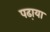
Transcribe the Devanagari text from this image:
पढा़या